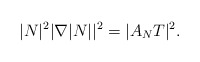
\begin{align*}|N|^2|\nabla|N||^2=|A_NT|^2.\end{align*}